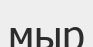
мыр